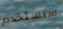
سنستخدم